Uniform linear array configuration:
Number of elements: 16
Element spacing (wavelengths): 0.75
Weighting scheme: cosine
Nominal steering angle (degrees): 60
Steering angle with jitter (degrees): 59.035
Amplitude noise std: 0.05
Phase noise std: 0.05

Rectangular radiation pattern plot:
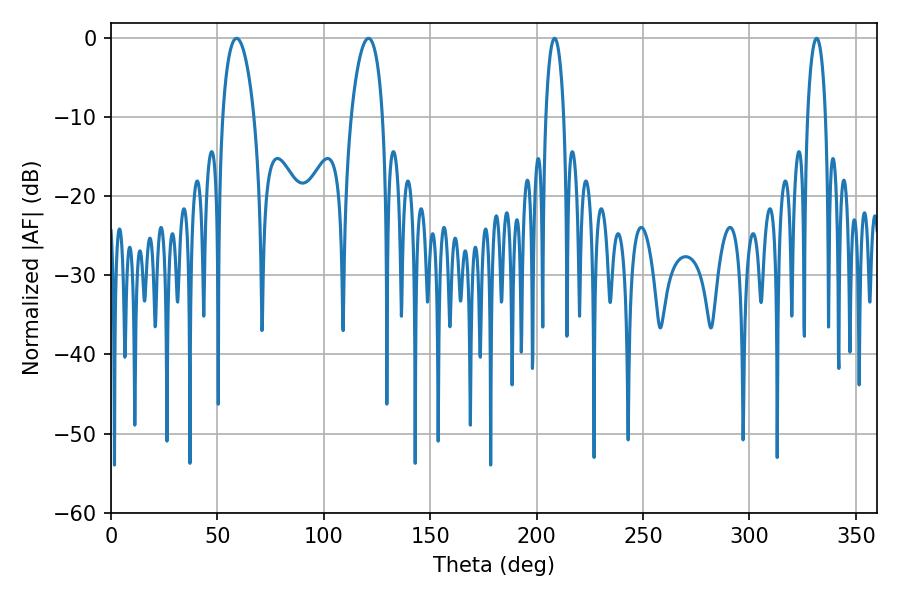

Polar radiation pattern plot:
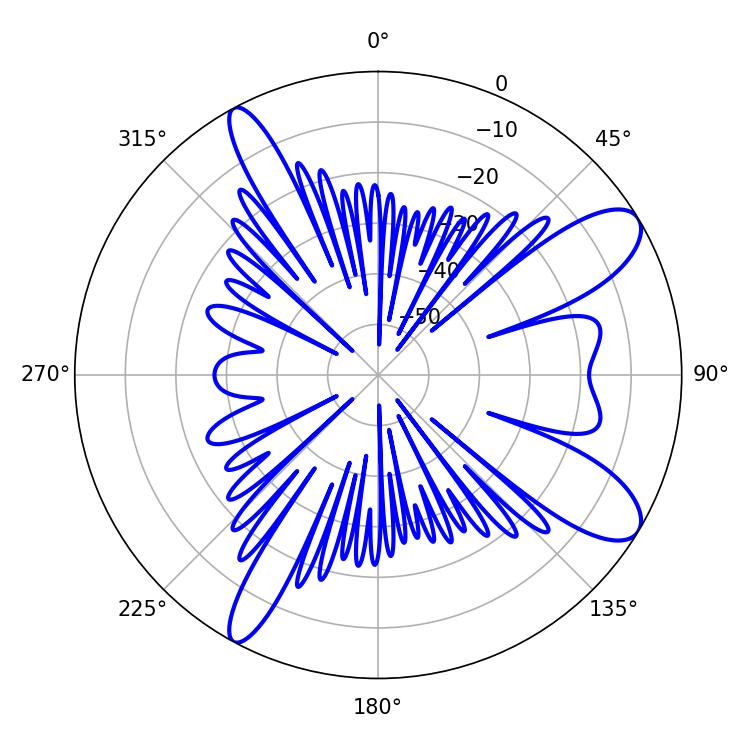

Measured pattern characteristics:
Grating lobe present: TRUE
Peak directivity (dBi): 10.191
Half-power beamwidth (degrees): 4.68
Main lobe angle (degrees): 208.44